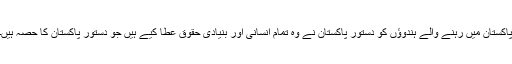
پاکستان میں رہنے والے ہندوؤں کو دستورِ پاکستان نے وہ تمام انسانی اور بنیادی حقوق عطا کیے ہیں جو دستورِ پاکستان کا حصہ ہیں۔